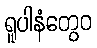
ရူပါနံတွေဝ